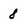
Character: 8